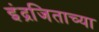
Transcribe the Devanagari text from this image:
इंद्रजिताच्या